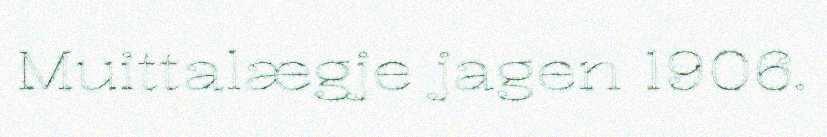
Muittalægje jagen 1906.